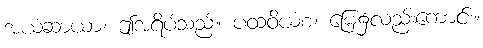
အယံဆာယာ၊ ဤအရိပ်သည်။ ပထဝိယံစ၊ မြေ၌လည်းကောင်း။